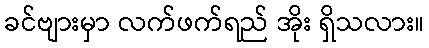
ခင်ဗျားမှာ လက်ဖက်ရည် အိုး ရှိသလား။